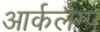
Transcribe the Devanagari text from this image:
आर्कलैम्प